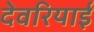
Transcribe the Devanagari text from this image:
देवरियाई